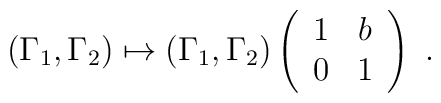
( \Gamma_1, \Gamma_2 ) \mapsto( \Gamma_1, \Gamma_2 ) \left( \begin{array}{cc}   1 & b \\   0 & 1   \end{array} \right) \ .